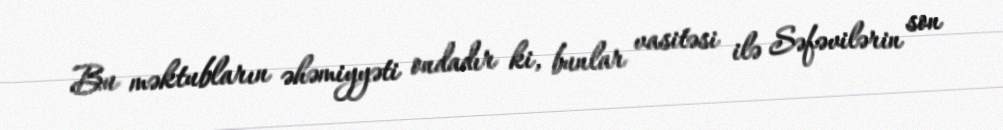
Bu məktubların əhəmiyyəti ondadır ki, bunlar vasitəsi ilə Səfəvilərin son